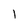
Character: l